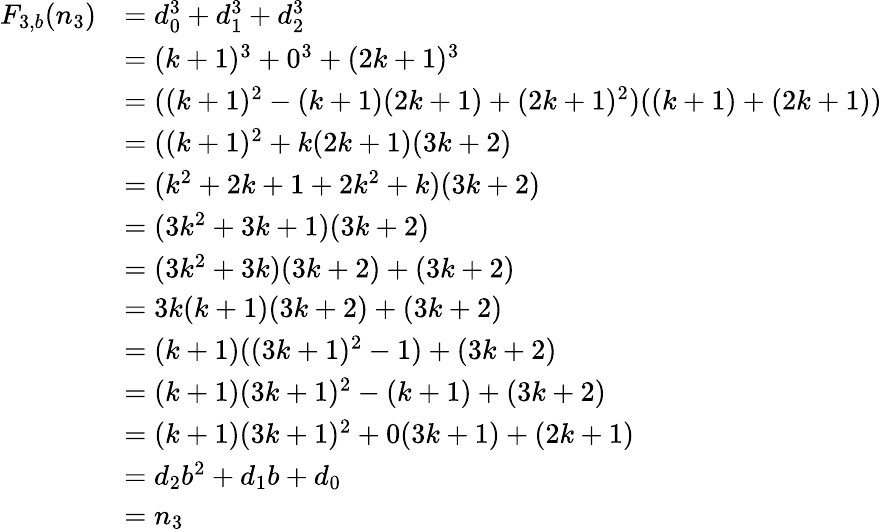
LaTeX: {\begin{array}{rl}{F_{3,b}(n_{3})}&{=d_{0}^{3}+d_{1}^{3}+d_{2}^{3}}\\ &{=(k+1)^{3}+0^{3}+(2k+1)^{3}}\\ &{=((k+1)^{2}-(k+1)(2k+1)+(2k+1)^{2})((k+1)+(2k+1))}\\ &{=((k+1)^{2}+k(2k+1)(3k+2)}\\ &{=(k^{2}+2k+1+2k^{2}+k)(3k+2)}\\ &{=(3k^{2}+3k+1)(3k+2)}\\ &{=(3k^{2}+3k)(3k+2)+(3k+2)}\\ &{=3k(k+1)(3k+2)+(3k+2)}\\ &{=(k+1)((3k+1)^{2}-1)+(3k+2)}\\ &{=(k+1)(3k+1)^{2}-(k+1)+(3k+2)}\\ &{=(k+1)(3k+1)^{2}+0(3k+1)+(2k+1)}\\ &{=d_{2}b^{2}+d_{1}b+d_{0}}\\ &{=n_{3}}\end{array}}